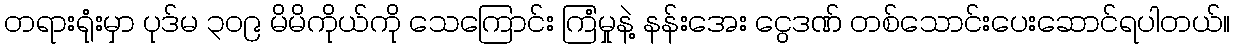
တရားရုံးမှာ ပုဒ်မ ၃၀၉ မိမိကိုယ်ကို သေကြောင်း ကြံမှုနဲ့ နန်းအေး ငွေဒဏ် တစ်သောင်းပေးဆောင်ရပါတယ်။